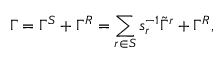
\Gamma = \Gamma ^ { S } + \Gamma ^ { R } = \sum _ { r \in S } s _ { r } ^ { - 1 } \tilde { \Gamma } ^ { r } + \Gamma ^ { R } ,